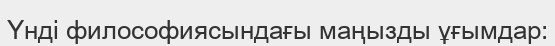
Үнді философиясындағы маңызды ұғымдар: